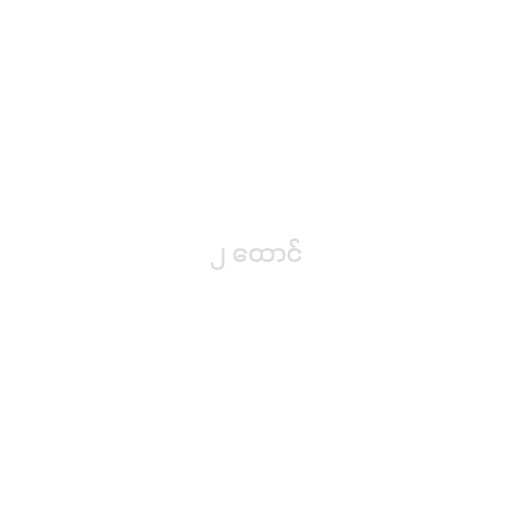
၂ ထောင်